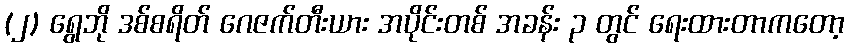
(၂) ရွေဘို ဒစ်စရိတ် ဂေဇက်တီးယား အပိုင်းတစ် အခန်း ၃ တွင် ရေးထားတာကတော့